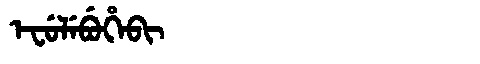
Manchu: ᡝᠸᡠᠯᡝᠪᡠᡥᡝᠪᡳ
Romanization: EFULEBUHEBI